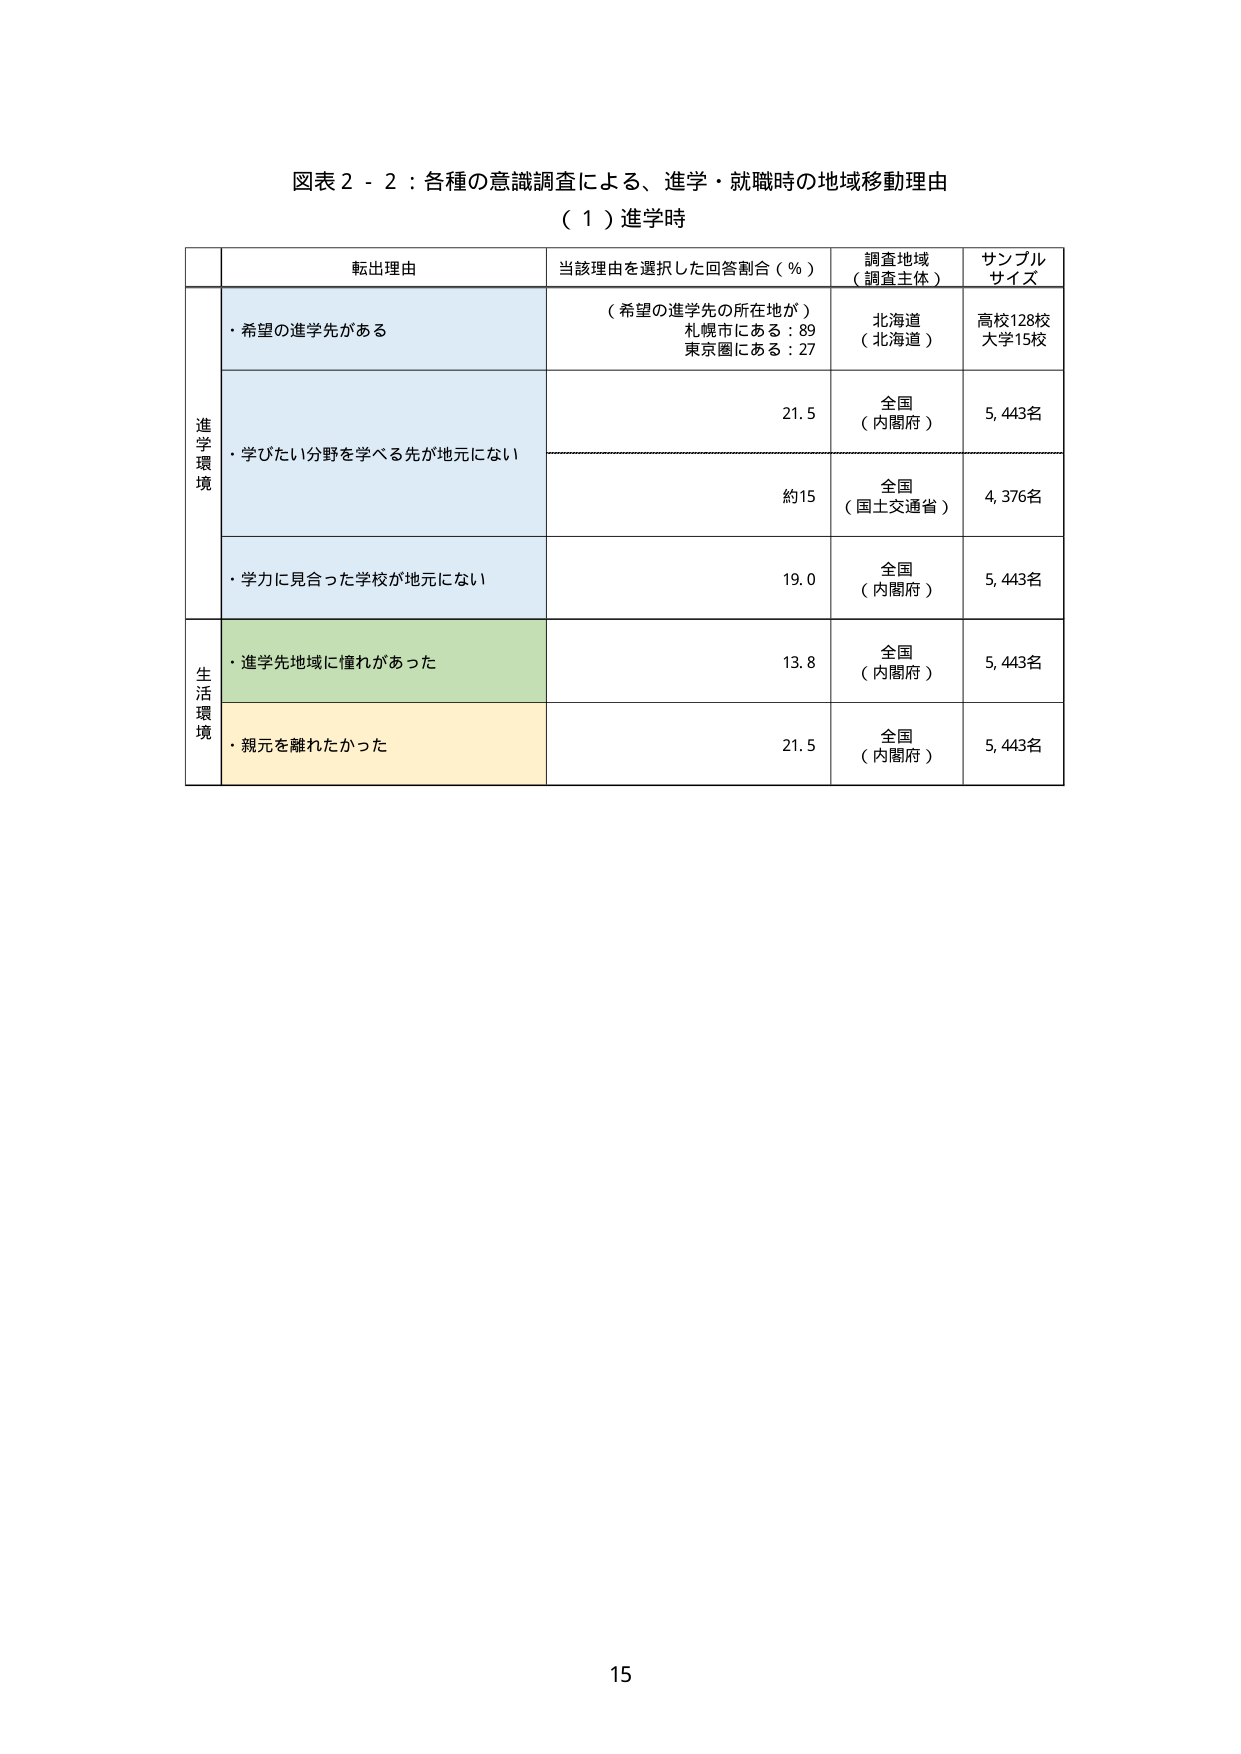
図表２－２：各種の意識調査による、進学・就職時の地域移動理由
（１）進学時

転出理由　当該理由を選択した回答割合（％）　調査地域（調査主体）　サンプルサイズ

進学環境
・希望の進学先がある　（希望の進学先の所在地が）
札幌市にある：89
東京圏にある：27　北海道（北海道）　高校128校
大学15校

・学びたい分野を学べる先が地元にない　21.5　全国（内閣府）　5,443名

・学力に見合った学校が地元にない　約15　全国（国土交通省）　4,376名

・学力に見合った学校が地元にない　19.0　全国（内閣府）　5,443名

生活環境
・進学先地域に憧れがあった　13.8　全国（内閣府）　5,443名

・親元を離れたかった　21.5　全国（内閣府）　5,443名

15